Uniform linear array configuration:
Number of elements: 12
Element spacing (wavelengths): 0.75
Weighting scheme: blackman
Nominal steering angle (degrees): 0
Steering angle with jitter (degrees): -0.3537
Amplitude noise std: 0.05
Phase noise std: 0.05

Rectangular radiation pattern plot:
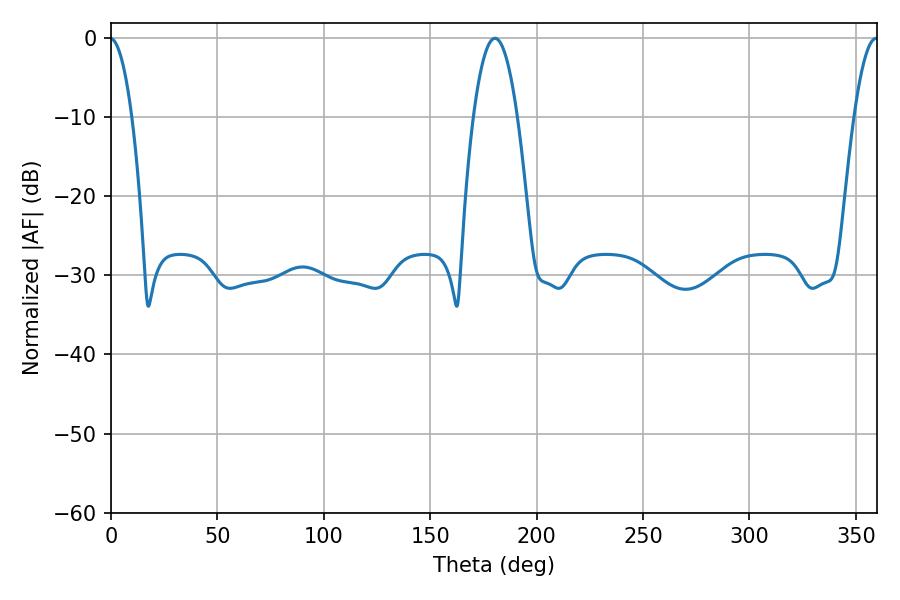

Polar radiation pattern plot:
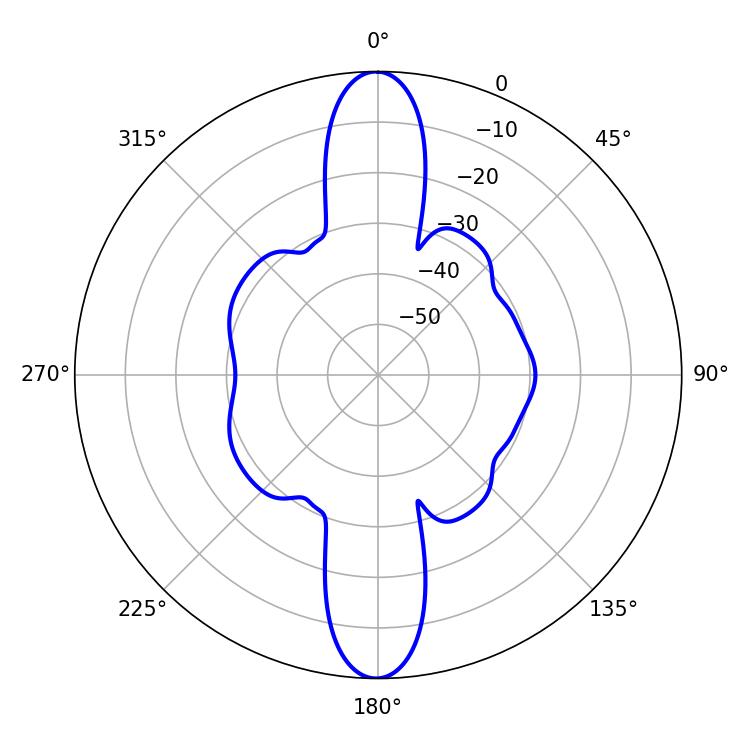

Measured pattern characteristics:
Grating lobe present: TRUE
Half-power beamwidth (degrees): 11.34
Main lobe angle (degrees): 180.36